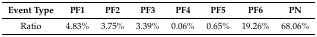
<table><thead><tr><td><b>Event Type</b></td><td><b>PF1</b></td><td><b>PF2</b></td><td><b>PF3</b></td><td><b>PF4</b></td><td><b>PF5</b></td><td><b>PF6</b></td><td><b>PN</b></td></tr></thead><tbody><tr><td>Ratio</td><td>4.83%</td><td>3.75%</td><td>3.39%</td><td>0.06%</td><td>0.65%</td><td>19.26%</td><td>68.06%</td></tr></tbody></table>